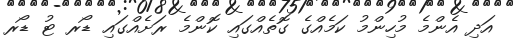
އަދި އެންމެ މުހިންމު ކަމެއްގެ ގޮތެއްގައި ކޮންމެ ރަށެއްގައި ޑޯރ ޓު ޑޯރ